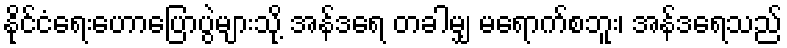
နိုင်ငံရေးဟောပြောပွဲများသို့ အန်ဒရေ တခါမျှ မရောက်စဘူး၊ အန်ဒရေသည်